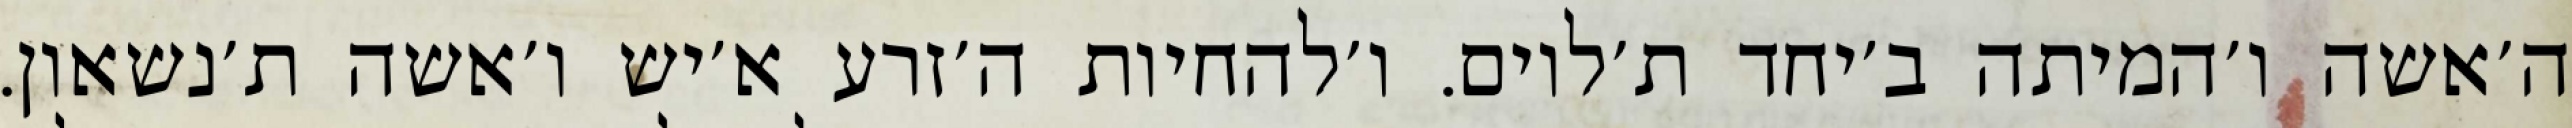
ה׳אשה ו׳המיתה ב׳יחד ת׳לוים. ו׳להחיות ה׳זרע א׳יש ו׳אשה ת׳נשאון.